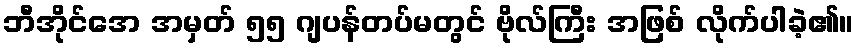
ဘီအိုင်အေ အမှတ် ၅၅ ဂျပန်တပ်မတွင် ဗိုလ်ကြီး အဖြစ် လိုက်ပါခဲ့၏။